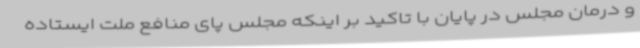
و درمان مجلس در پایان با تاکید بر اینکه مجلس پای منافع ملت ایستاده